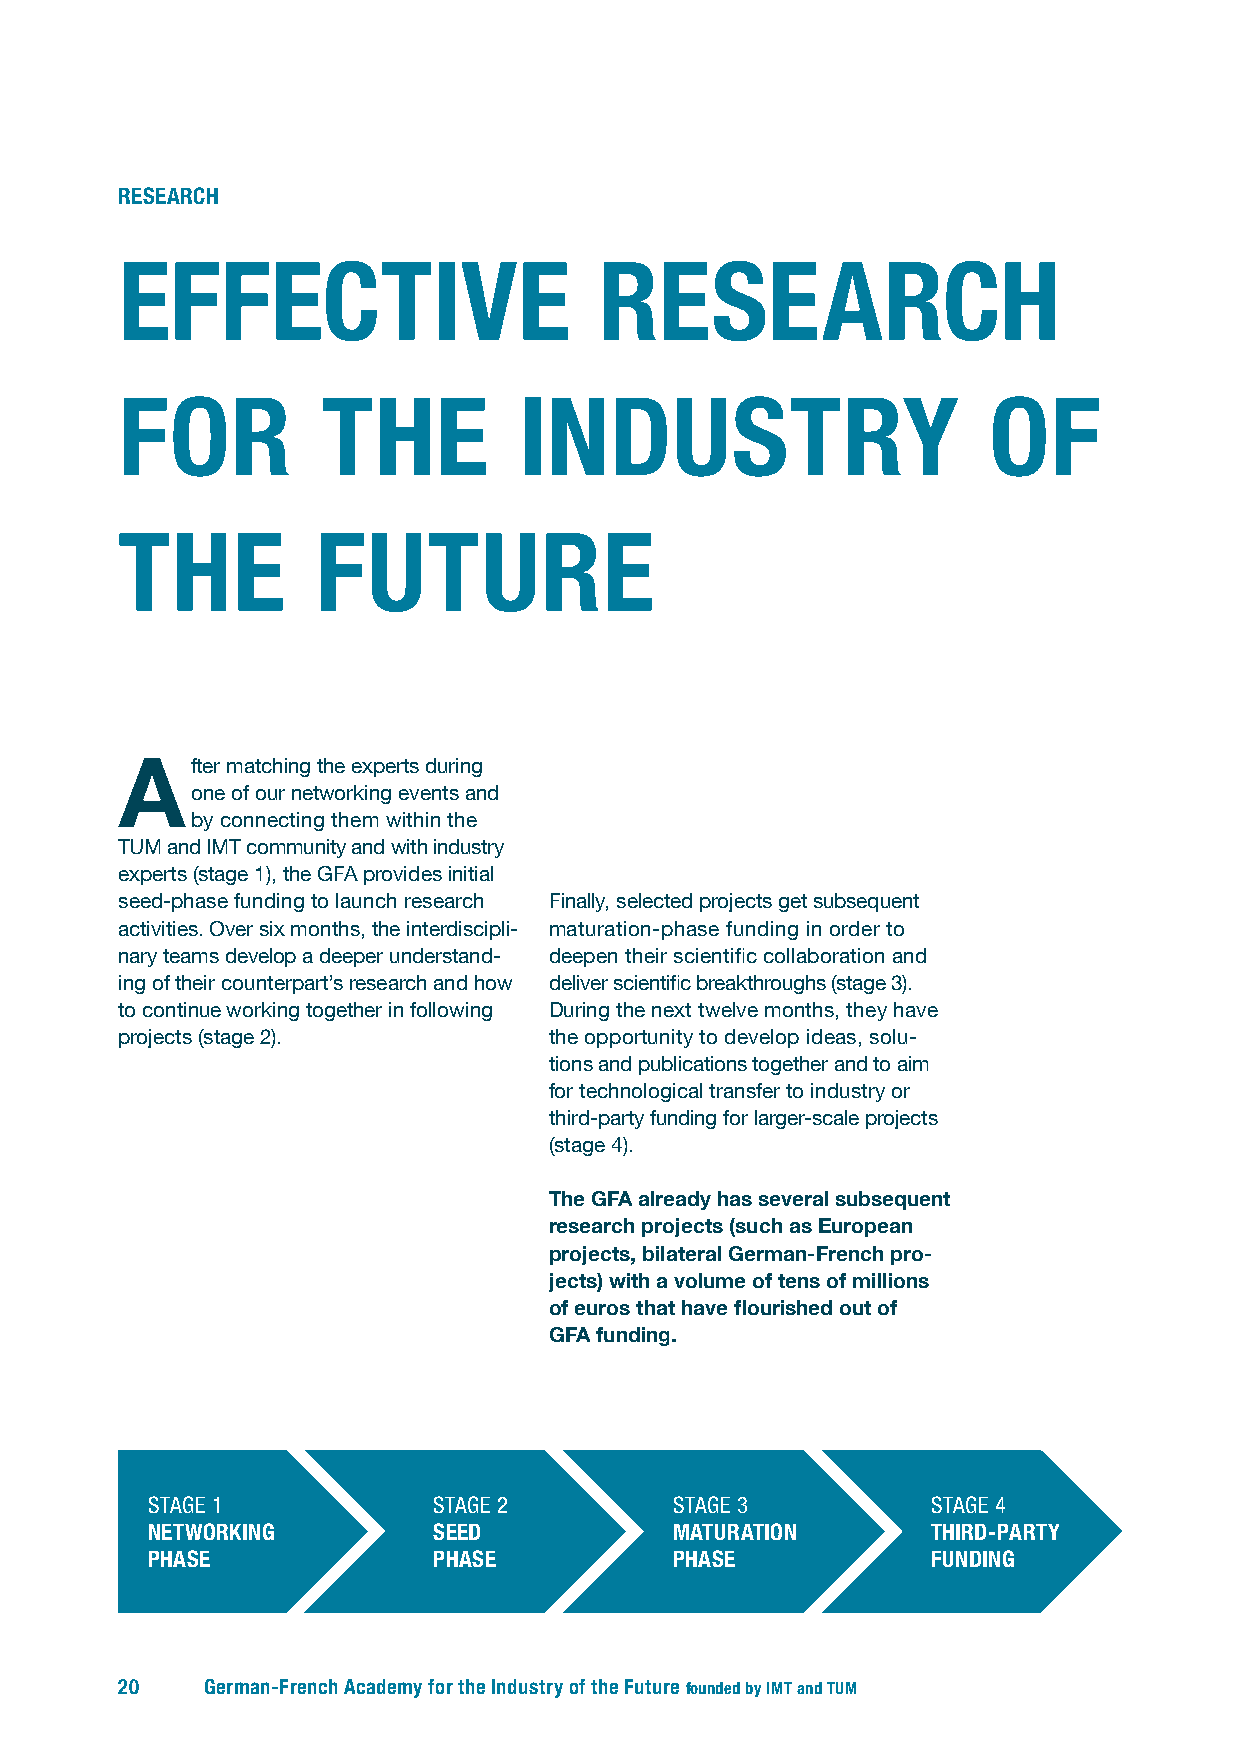
RESEARCH
 EFFECTIVE                       RESEARCH
 FOR          THE          INDUSTRY                       OF
 THE          FUTURE
 After  matching the experts during
 one of our networking events and
 by connecting them within the
 TUM and IMT community and with industry
 experts (stage 1), the GFA provides initial
 seed-phase funding to launch research Finally, selected projects get subsequent
 activities. Over six months, the interdiscipli- maturation-phase funding in order to
 nary teams develop a deeper understand- deepen their scientific collaboration and
 ing of their counterpart’s research and how deliver scientific breakthroughs (stage 3).
 to continue working together in following During the next twelve months, they have
 projects (stage 2).         the opportunity to develop ideas, solu-
 tions and publications together and to aim
 for technological transfer to industry or
 third-party funding for larger-scale projects
 (stage 4).
 The GFA already has several subsequent
 research projects (such as European
 projects, bilateral German-French pro-
 jects) with a volume of tens of millions
 of euros that have flourished out of
 GFA funding.
 STAGE 1            STAGE 2         STAGE 3          STAGE 4
 NETWORKING         SEED            MATURATION       THIRD-PARTY
 PHASE              PHASE           PHASE            FUNDING
 20    German-French Academy for the Industry of the Future founded by IMT and TUM